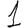
Digit: 1